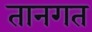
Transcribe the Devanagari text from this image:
तानगत